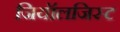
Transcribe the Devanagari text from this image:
जियॉलजिस्ट